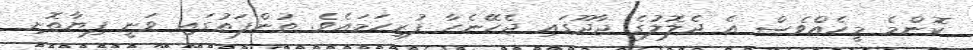
ކޮންމެ މީހެއްވެސް އެ ދެލޮލުގެ ޖާދޫގައި ޖެހޭނެހާ ފުރިހަމައެވެ. ތުންފަތުގައި ވަނީ ފިޔާތޮށި